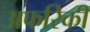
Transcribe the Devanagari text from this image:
अफरिकी